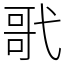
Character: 㢦